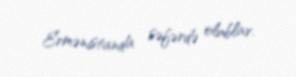
Ermənistanda səfərdə olublar.